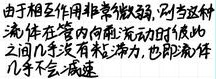
由于相互作用非常微弱, 则当这种流体在管内向前流动的时候彼此之间几乎没有粘滞力, 也即流体几乎不会减速.